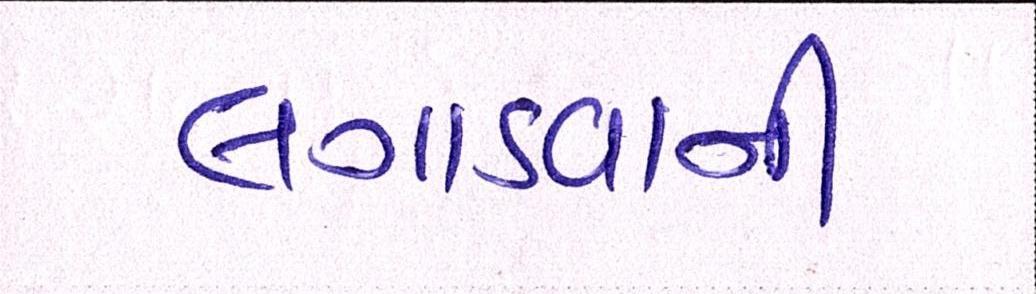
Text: લગાડવાની